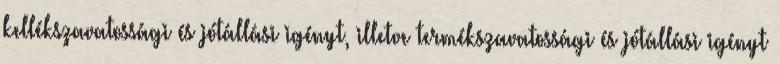
kellékszavatossági és jótállási igényt, illetve termékszavatossági és jótállási igényt